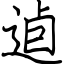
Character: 逌